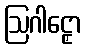
ဩဂါဠှော